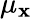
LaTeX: \mu_{\mathbf{x}}